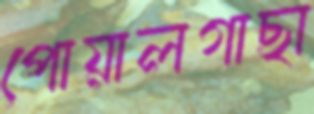
পোয়ালগাছা